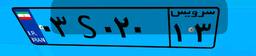
۴۰S۶۱۰۵۸